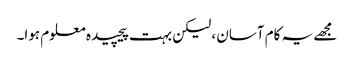
مجھے یہ کام آسان ، لیکن بہت پیچیدہ معلوم ہوا۔